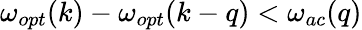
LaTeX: \omega_{opt}(k)-\omega_{opt}(k-q)<\omega_{ac}(q)